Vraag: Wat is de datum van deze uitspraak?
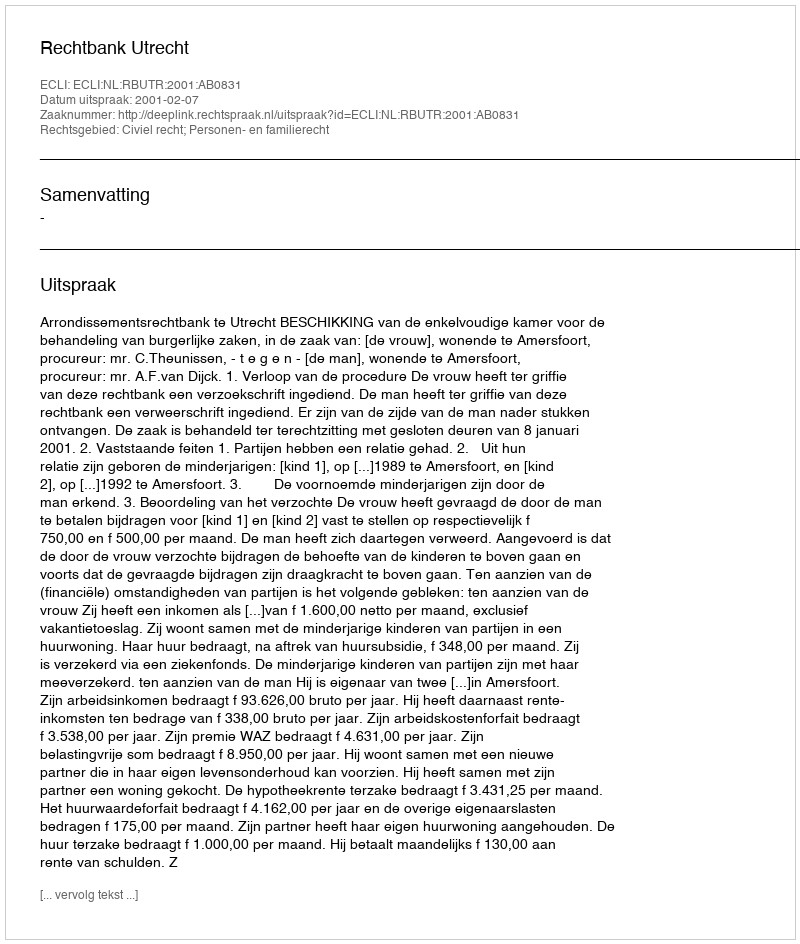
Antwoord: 2001-02-07